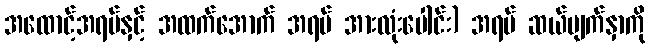
အထောင့်အရပ်နှင့် အထက်အောက် အရပ် အားလုံးပေါင်း) အရပ် ဆယ်မျက်နှာကို